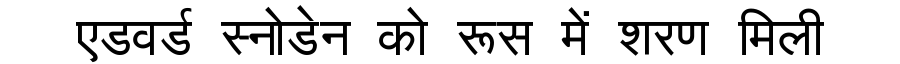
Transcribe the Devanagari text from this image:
एडवर्ड स्नोडेन को रूस में शरण मिली